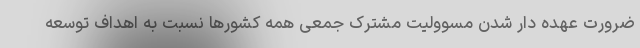
ضرورت عهده دار شدن مسوولیت مشترک جمعی همه کشورها نسبت به اهداف توسعه